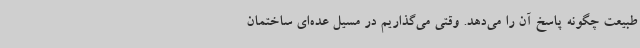
طبیعت چگونه پاسخ آن را می‌دهد. وقتی می‌گذاریم در مسیل عده‌ای ساختمان